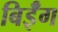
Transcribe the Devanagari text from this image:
बिईँग